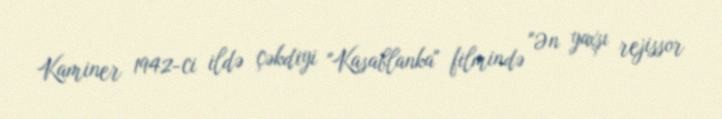
Kaminer 1942-ci ildə çəkdiyi "Kasablanka" filmində "Ən yaxşı rejissor